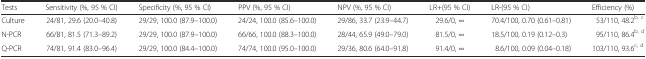
<table><thead><tr><td><b>Tests</b></td><td><b>Sensitivity (%, 95 % CI)</b></td><td><b>Specificity (%, 95 % CI)</b></td><td><b>PPV (%, 95 % CI)</b></td><td><b>NPV (%, 95 % CI)</b></td><td><b>LR+(95 % CI)</b></td><td><b>LR-(95 % CI)</b></td><td><b>Efficiency (%)</b></td></tr></thead><tbody><tr><td>Culture</td><td>24/81, 29.6 (20.0–40.8)</td><td>29/29, 100.0 (87.9–100.0)</td><td>24/24, 100.0 (85.6–100.0)</td><td>29/86, 33.7 (23.9–44.7)</td><td>29.6/0, ∞</td><td>70.4/100, 0.70 (0.61–0.81)</td><td>53/110, 48.2<sup>b, c</sup></td></tr><tr><td>N-PCR</td><td>66/81, 81.5 (71.3–89.2)</td><td>29/29, 100.0 (87.9–100.0)</td><td>66/66, 100.0 (88.3–100.0)</td><td>28/44, 65.9 (49.0–79.0)</td><td>81.5/0, ∞</td><td>18.5/100, 0.19 (0.12–0.3)</td><td>95/110, 86.4<sup>b, d</sup></td></tr><tr><td>Q-PCR</td><td>74/81, 91.4 (83.0–96.4)</td><td>29/29, 100.0 (84.4–100.0)</td><td>74/74, 100.0 (95.0–100.0)</td><td>29/36, 80.6 (64.0–91.8)</td><td>91.4/0, ∞</td><td>8.6/100, 0.09 (0.04–0.18)</td><td>103/110, 93.6<sup>c, d</sup></td></tr></tbody></table>